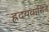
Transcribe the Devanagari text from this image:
ह्रदयवासिने